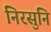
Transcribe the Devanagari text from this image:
निरसुनि